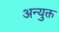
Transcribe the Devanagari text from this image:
अन्युक्त